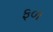
ફળ